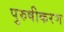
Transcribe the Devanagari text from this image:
पुरुषीकरण